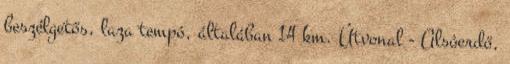
beszélgetős, laza tempó, általában 14 km. Útvonal - Alsóerdő,